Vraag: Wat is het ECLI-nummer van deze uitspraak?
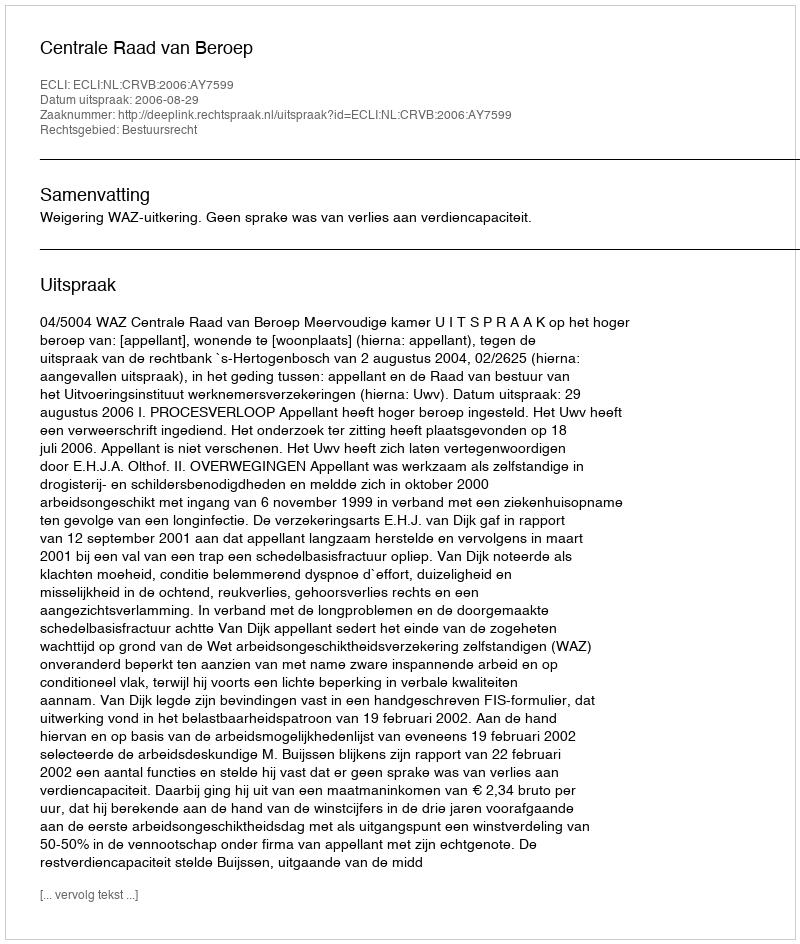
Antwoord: ECLI:NL:CRVB:2006:AY7599